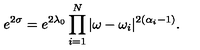
e ^ { 2 \sigma } = e ^ { 2 \lambda _ { 0 } } \prod _ { i = 1 } ^ { N } | \omega - \omega _ { i } | ^ { 2 ( \alpha _ { i } - 1 ) } .